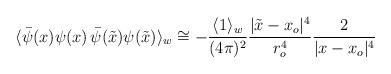
LaTeX: \begin{align*}\langle\bar{\psi}(x)\psi(x)\,\bar{\psi}(\tilde{x})\psi(\tilde{x})\rangle_w \cong -{\langle1\rangle_w \over(4\pi)^2}{\vert\tilde{x}-x_o \vert^4 \over r^4_o}{ 2\over \vert x-x_o\vert^4}\end{align*}